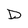
Character: D